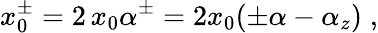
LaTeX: x_{0}^{\pm}=2\, x_{0}\alpha^{\pm}=2x_{0}(\pm\alpha-\alpha_{z})\; ,